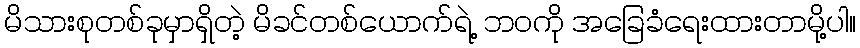
မိသားစုတစ်ခုမှာရှိတဲ့ မိခင်တစ်ယောက်ရဲ့ ဘဝကို အခြေခံရေးထားတာမို့ပါ။